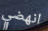
انهضي